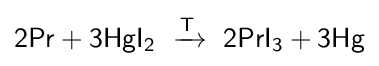
{\mathsf {2Pr+3HgI_{2}\ \xrightarrow {T} \ 2PrI_{3}+3Hg}}